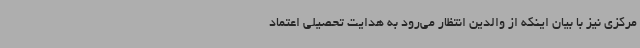
مرکزی نیز با بیان اینکه از والدین انتظار می‌رود به هدایت تحصیلی اعتماد